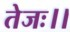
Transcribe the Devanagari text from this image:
तेजः।।